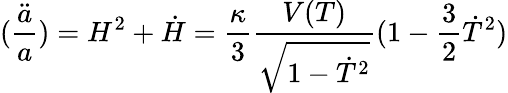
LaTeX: (\frac{\ddot{a}}{a})=H^{2}+\dot{H}=\frac{\kappa}{3}\frac{V(T)}{\sqrt{1-\dot{T}^{2}}}(1-\frac{3}{2}\dot{T}^{2})